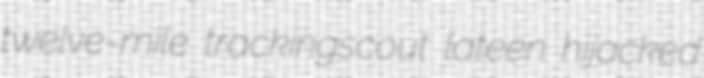
twelve-mile trackingscout lateen hijacked